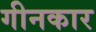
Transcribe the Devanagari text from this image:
गीनकार